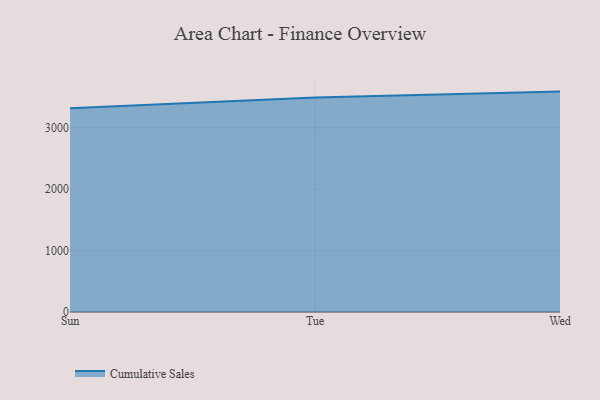
{"axis": {"x": "Day", "y": "Customer Acquisition Cost (USD)"}, "legend": ["Cumulative Sales"], "data": [{"x": "Sun", "y": 3317.1, "type": "Cumulative Sales"}, {"x": "Tue", "y": 3491.4, "type": "Cumulative Sales"}, {"x": "Wed", "y": 3588.8, "type": "Cumulative Sales"}]}